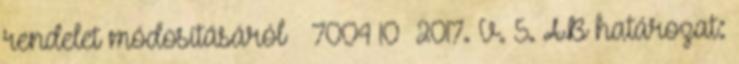
rendelet módosításáról – 7004 10 2017. V. 5. AB határozat: